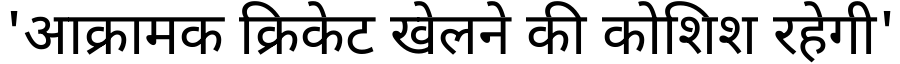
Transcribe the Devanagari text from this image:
'आक्रामक क्रिकेट खेलने की कोशिश रहेगी'